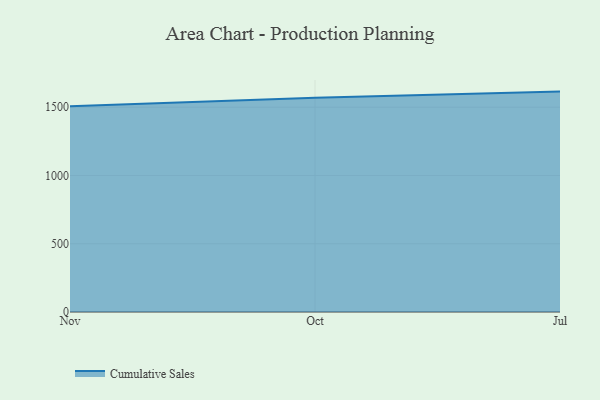
{"axis": {"x": "Month", "y": "Customer Acquisition Cost (USD)"}, "legend": ["Cumulative Sales"], "data": [{"x": "Nov", "y": 1506.2, "type": "Cumulative Sales"}, {"x": "Oct", "y": 1568.4, "type": "Cumulative Sales"}, {"x": "Jul", "y": 1614.3, "type": "Cumulative Sales"}]}